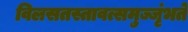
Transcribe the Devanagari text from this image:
विलसतस्तावत्समुज्जृंभते